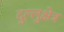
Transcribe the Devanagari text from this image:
दुल्लुक्षेत्र